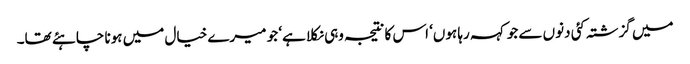
میں گزشتہ کئی دنوں سے جو کہہ رہا ہوں‘ اس کا نتیجہ وہی نکلا ہے‘ جو میرے خیال میں ہونا چاہئے تھا۔